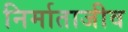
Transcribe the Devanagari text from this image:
निर्माताजीव